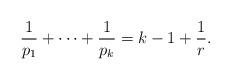
LaTeX: \begin{align*}\frac{1}{p_1}+\cdots+\frac{1}{p_k}=k-1+\frac{1}{r}.\end{align*}